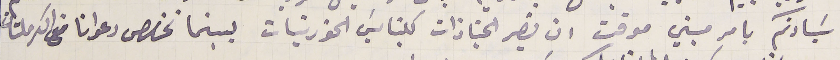
سَيادتكم بامر مبين موقت ان تصير الجنازات كنايسَ الخورنيات بينما تخصص دعوانا من الكرملتان